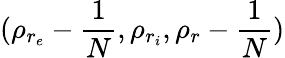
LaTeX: (\rho_{r_{e}}-\frac{1}{N},\rho_{r_{i}},\rho_{r}-\frac{1}{N})